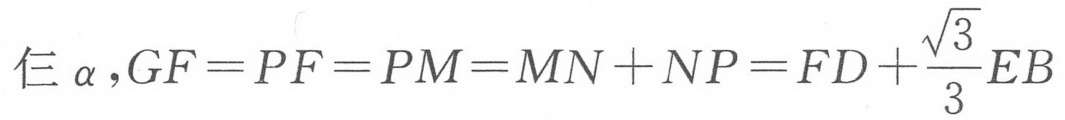
仨\(\alpha,GF = PF = PM=MN + NP=FD+\frac{\sqrt{3}}{3}EB\)